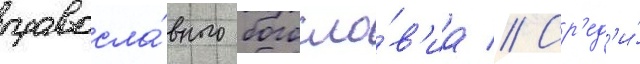
правосла́вного богосло́в'иа // Ср'ед'и́